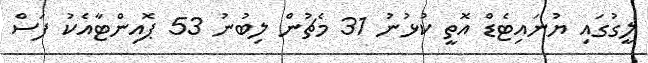
ލީގުގައި ޔުނައިޓެޑް އޮތީ ކުޅުނު 31 މެޗުން ލިބުނު 53 ޕޮއިންޓާއެކު ފަސް